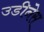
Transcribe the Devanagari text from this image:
उडीनेस